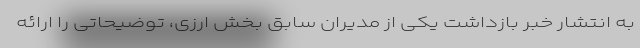
به انتشار خبر بازداشت یکی از مدیران سابق بخش ارزی، توضیحاتی را ارائه